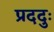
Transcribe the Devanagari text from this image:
प्रददुः